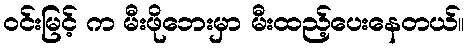
ဝင်းမြင့် က မီးဖိုဘေးမှာ မီးထည့်ပေးနေတယ်။